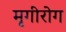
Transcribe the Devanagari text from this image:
मृगीरोग